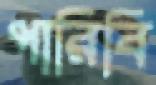
পারিবি